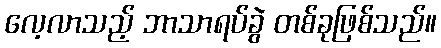
လေ့လာသည့် ဘာသာရပ်ခွဲ တစ်ခုဖြစ်သည်။